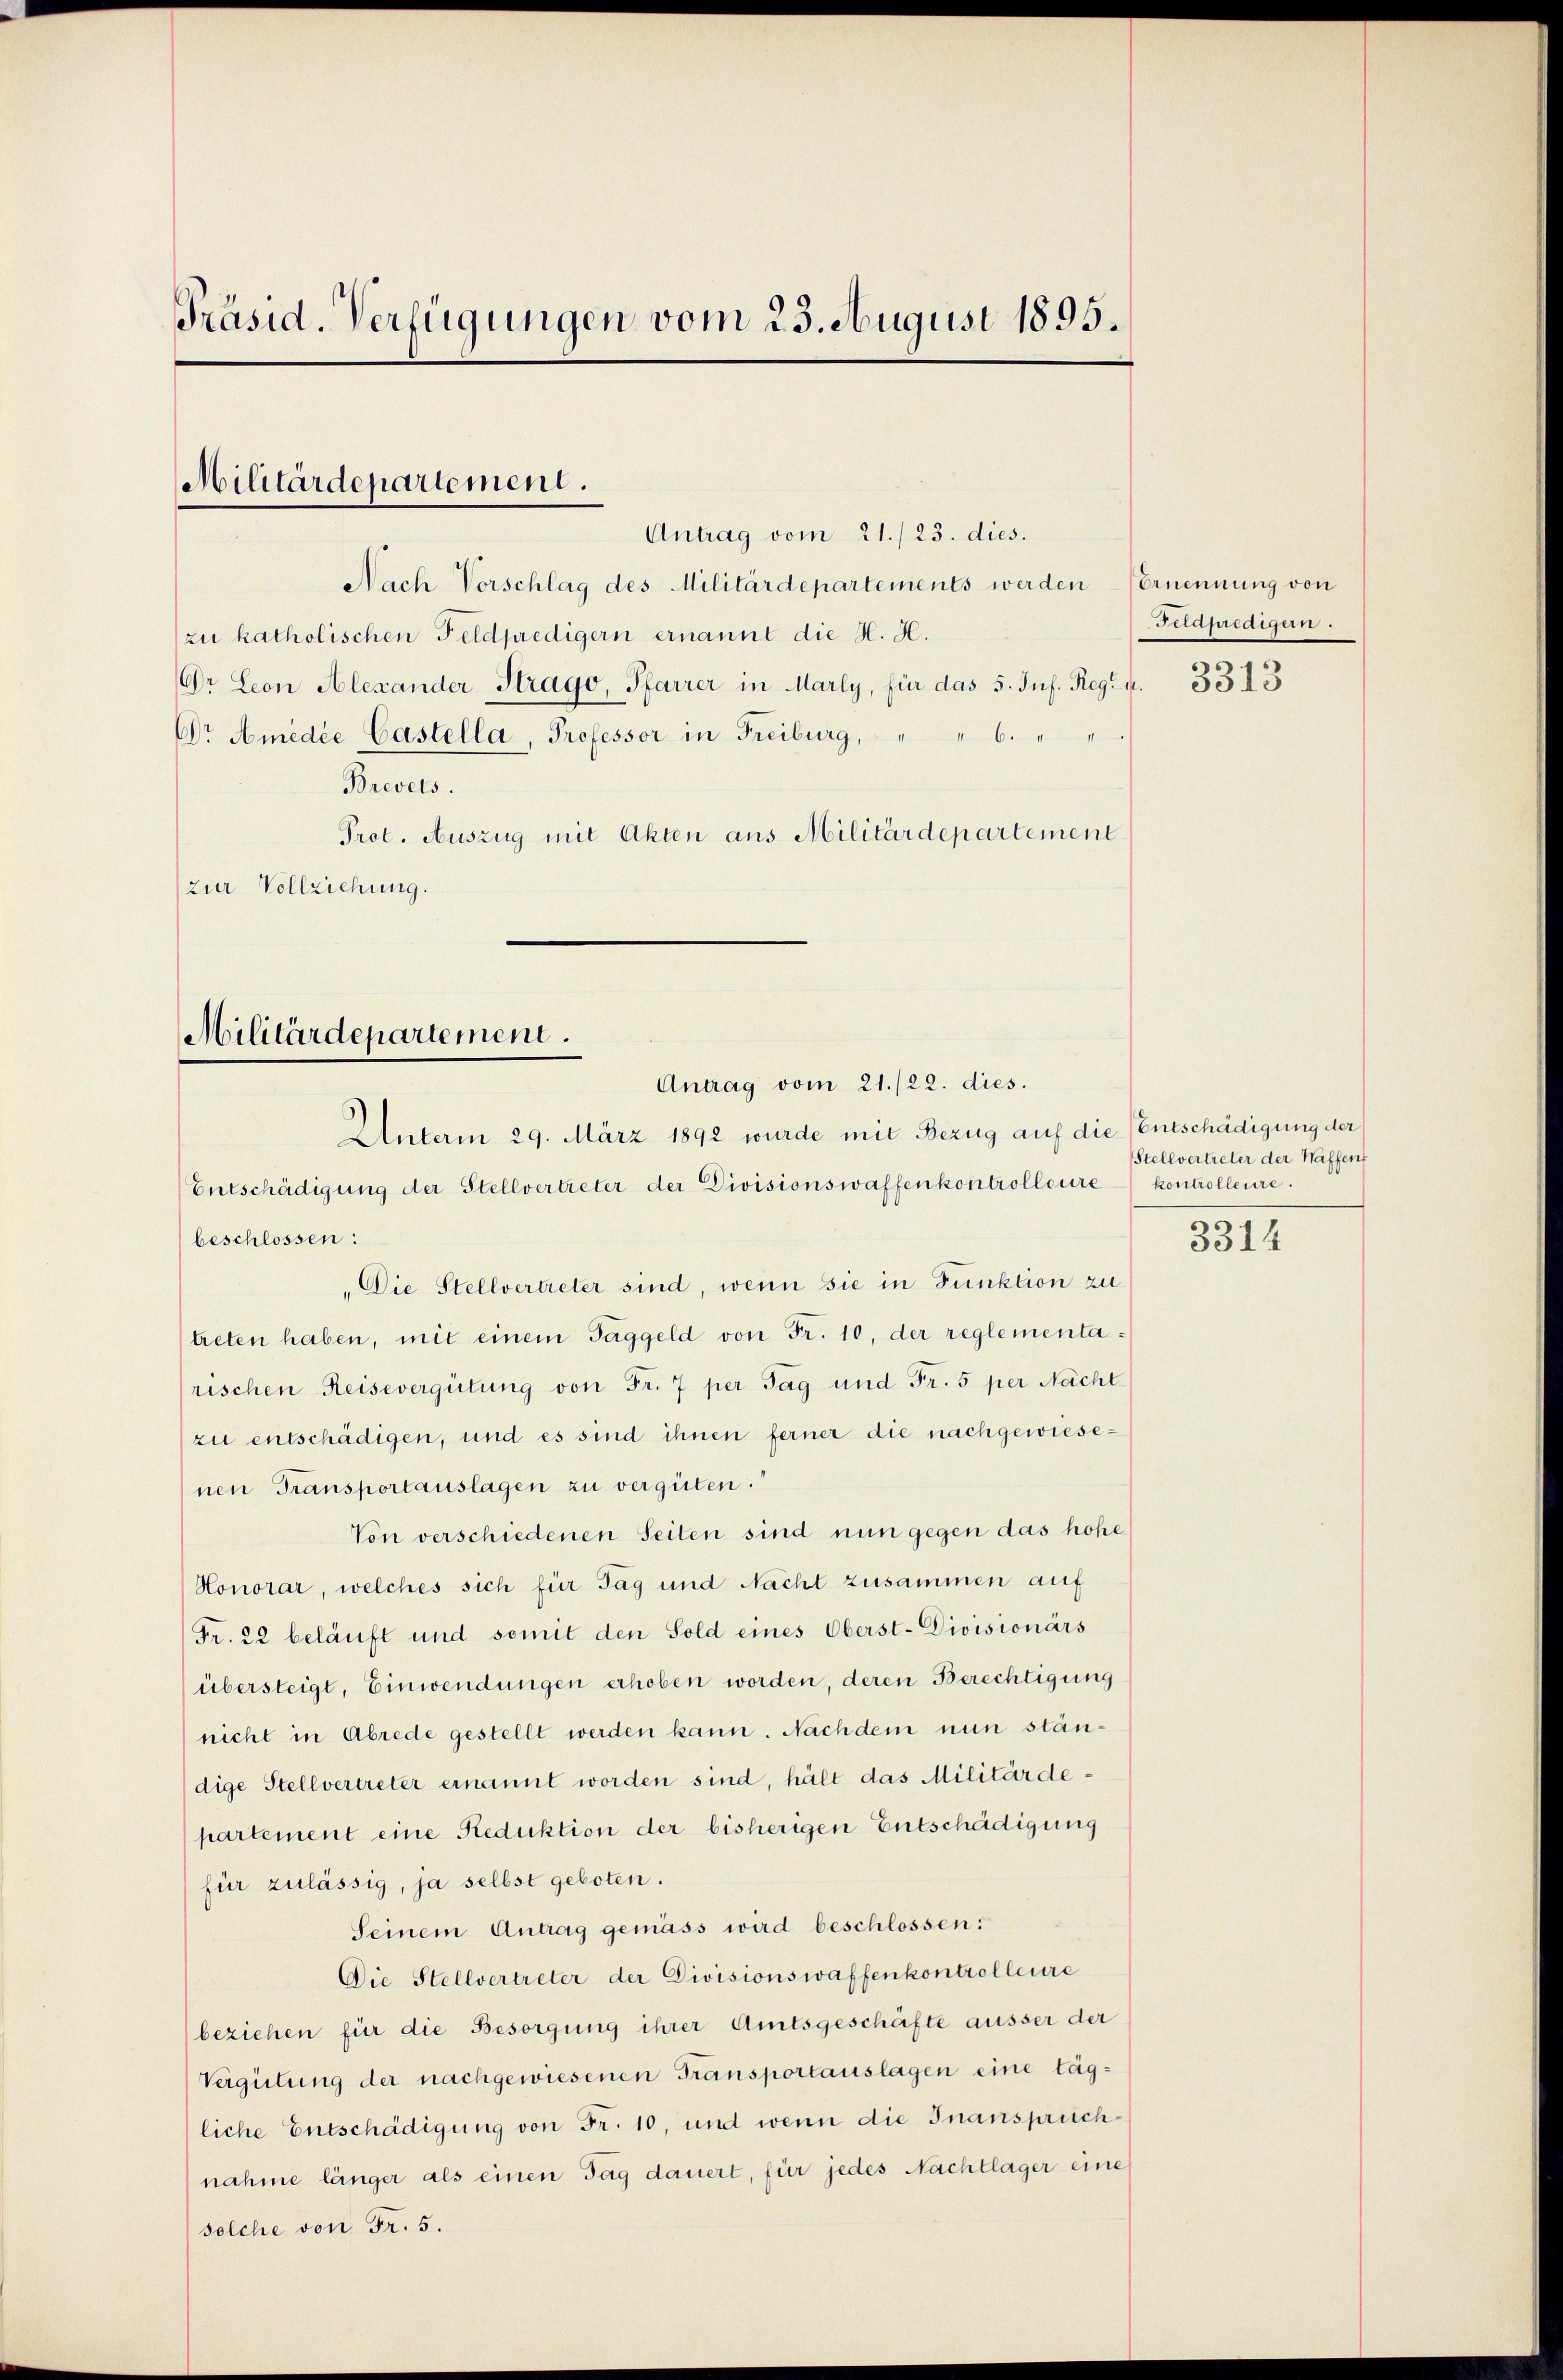
Präsid. Verfügungen vom 23. August 1895.

Militärdepartement.
Antrag vom 21./23. dies.

Nach Vorschlag des Militärdepartements werden Ernennung von
zu katholischen Feldpredigern ernannt die H. H.
Dr. Leon Alexander Strago, Pfarrer in Marly, für das 5. Jul. Reg. 4. 3313
Dr. Amedie Castella, Professor in Freiburg, " " 6.
Brevels.
Prot. Auszug mit Akten aus Militärdepartement
zur Vollziehung.

Militärdepartement.
Antrag vom 21./22. dies
Unterm 29. März 1892 wurde mit Bezug auf die Entschädigung der

Entschädigung der Stellvertreter der Divisionswaffenkontrolleure
beschlossen:
„Die Stellvertreter sind, wenn sie in Funktion zu
treten haben, mit einem Taggeld von Fr. 10, der reglementarischen Reisevergütung von Fr. 7 per Tag und Fr. 5 per Nacht
zu entschädigen, und es sind ihnen ferner die nachgewiesenen Transportauslagen zu vergüten.
Von verschiedenen Seiten sind nun gegen das hohe
Honorar, welches sich für Tag und Nacht zusammen auf
Fr. 22 beläuft und somit den Sold eines Oberst-Divisionärs
übersteigt, Einwendungen erhoben worden, deren Berechtigung
nicht in Abrede gestellt werden kann. Nachdem nun ständige Stellvertreter ernannt worden sind, hält das Militärdepartement eine Reduktion der bisherigen Entschädigung
für zulässig, ja selbst geboten.
Seinem Antrag gemäss wird beschlossen:
Die Stellvertreter der Divisionswaffenkontrolleure
beziehen für die Besorgung ihrer Amtsgeschäfte äusser der
Vergütung der nachgewiesenen Transportauslagen eine tägliche Entschädigung von Fr. 10, und wenn die Inansprüchnahme länger als einen Tag dauert, für jedes Nachtlager eine
solche von Fr. 5.

Fapredigern.

Stellvertreter der Waffent
kontrolleure.
s

3314